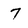
Character: 7